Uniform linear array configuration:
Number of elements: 4
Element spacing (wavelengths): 1
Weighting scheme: cosine
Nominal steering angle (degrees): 60
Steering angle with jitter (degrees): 60.117
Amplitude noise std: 0.05
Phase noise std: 0.05

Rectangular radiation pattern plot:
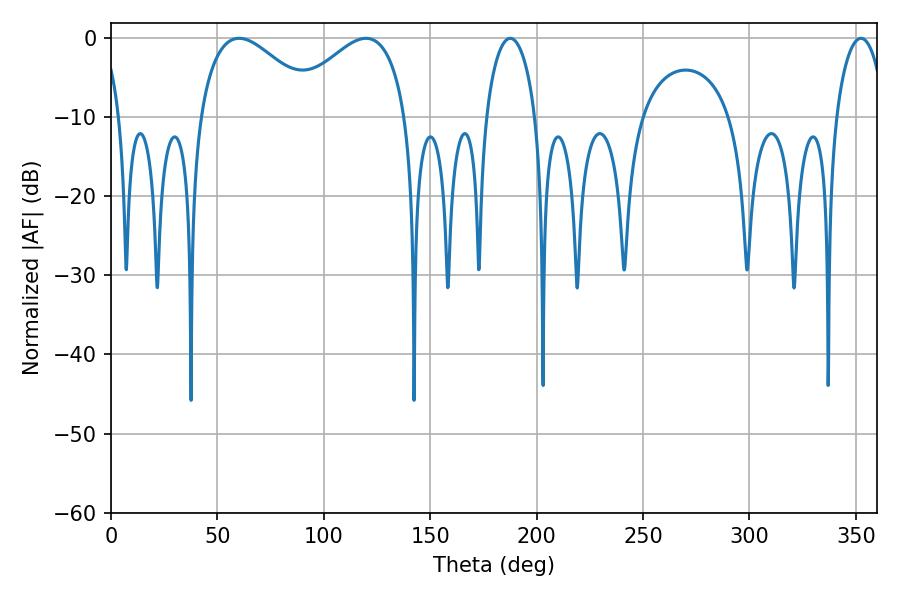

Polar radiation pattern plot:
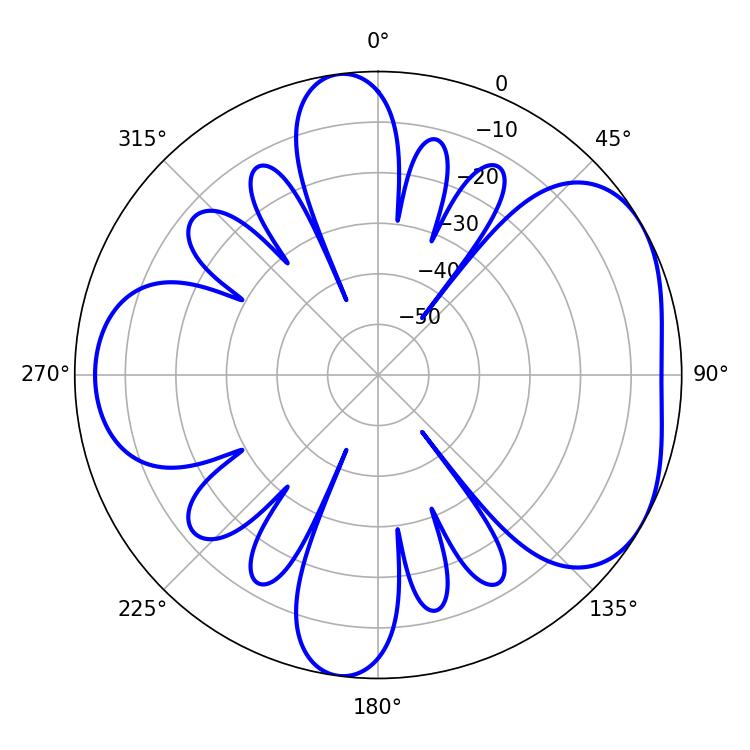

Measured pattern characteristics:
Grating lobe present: TRUE
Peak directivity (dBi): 4.713
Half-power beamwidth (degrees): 30.78
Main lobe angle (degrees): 60.12